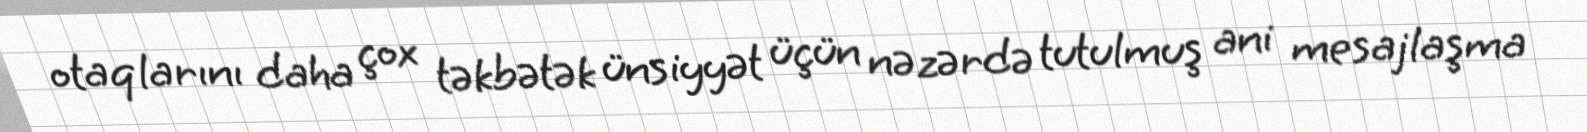
otaqlarını daha çox təkbətək ünsiyyət üçün nəzərdə tutulmuş ani mesajlaşma